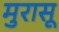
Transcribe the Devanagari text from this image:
मुरासू